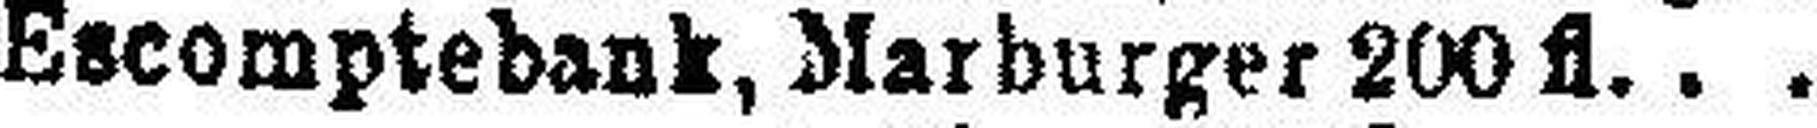
Escomptebank, Marburger 200 fl.